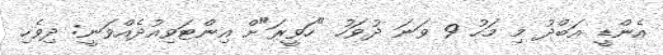
އެންޑީ އަބްދު މި މަހު 9 ވަނަ ދުވަހު "ހަވީރަ"ށް އިންޓަވިއުދެއްވަނީ: ދިވެހި